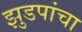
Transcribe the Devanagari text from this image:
झुडपांचा